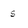
Character: s